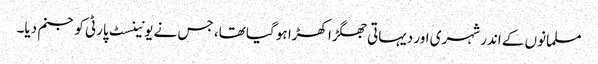
مسلمانوں کے اندر شہری اور دیہاتی جھگڑا کھڑا ہو گیا تھا، جس نے یونینسٹ پارٹی کو جنم دیا۔